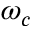
\omega _ { c }